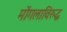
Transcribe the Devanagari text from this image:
मोंगलाविरुद्ध